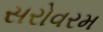
સરોવરમ